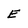
Character: e